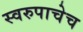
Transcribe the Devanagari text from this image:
स्वरुपाचेच